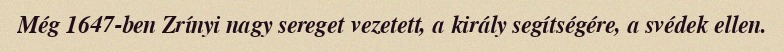
Még 1647-ben Zrínyi nagy sereget vezetett, a király segítségére, a svédek ellen.